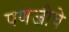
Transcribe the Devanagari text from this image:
पणजीचे